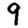
Digit: 9